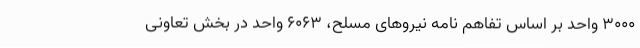
۳۰۰۰ واحد بر اساس تفاهم نامه نیروهای مسلح، ۶۰۶۳ واحد در بخش تعاونی